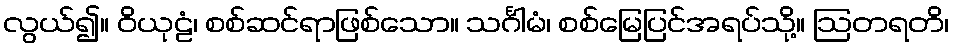
လွယ်၍။ ဝိယုဠံ၊ စစ်ဆင်ရာဖြစ်သော။ သင်္ဂါမံ၊ စစ်မြေပြင်အရပ်သို့။ ဩတရတိ၊